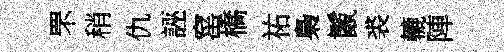
罘稍仇誣窰橋祐梟鬛裘轆陣